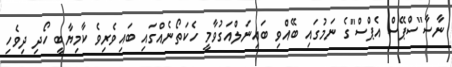
ނާސާ"ސްޕޭސް އެޕްސް"ގެ ނަމުގައި ބޭއްވި ބައިނަލްއަގުވާމީ ހެކަތޯނެއްގައި ބައިވެރިވެ ކާމިޔާބީ ހޯދި ދިވެހި